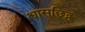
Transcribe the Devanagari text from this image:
श्वासछिद्र